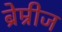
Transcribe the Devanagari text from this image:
ब्रेम्रीज